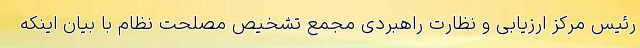
رئیس مرکز ارزیابی و نظارت راهبردی مجمع تشخیص مصلحت نظام با بیان اینکه